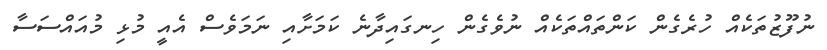
ނުފޫޒުތަކެއް ހުރެގެން ކަންތައްތަކެއް ނުވެގެން ހިނގައިދާނެ ކަމަށާއި ނަމަވެސް އެއީ މުޅި މުއައްސަސާ